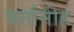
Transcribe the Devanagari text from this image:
बर्तानीह